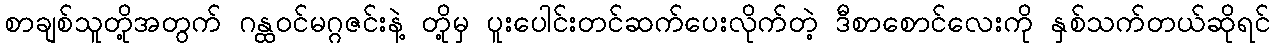
စာချစ်သူတို့အတွက် ဂန္ထဝင်မဂ္ဂဇင်းနဲ့ တို့မှ ပူးပေါင်းတင်ဆက်ပေးလိုက်တဲ့ ဒီစာစောင်လေးကို နှစ်သက်တယ်ဆိုရင်